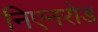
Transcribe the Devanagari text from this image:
निएनरोड